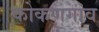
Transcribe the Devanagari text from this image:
कोकणगांव